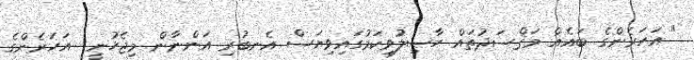
" އަހަރެންގެ ބައެއް މަޤްސަދުތައް ހާޞިލުވިކަމުގައިވިޔަސް އެނބުރި އަންނާން މިޖެހުނީ  އަހަރެންގެ